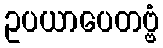
ဥပယာပေတဗ္ဗံ